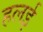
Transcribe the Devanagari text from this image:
हलई